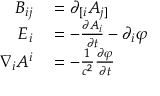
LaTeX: \begin{array} { r l } { B _ { i j } } & { { } = \partial _ { [ i } A _ { j ] } } \\ { E _ { i } } & { { } = - { \frac { \partial A _ { i } } { \partial t } } - \partial _ { i } \varphi } \\ { \nabla _ { i } A ^ { i } } & { { } = - { \frac { 1 } { c ^ { 2 } } } { \frac { \partial \varphi } { \partial t } } } \end{array}